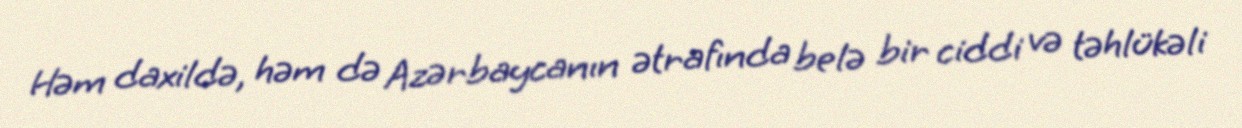
Həm daxildə, həm də Azərbaycanın ətrafında belə bir ciddi və təhlükəli